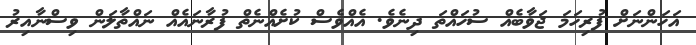
އަހަންނަށް ފުރިހަމަ ޖަވާބެއް ސުހައްތަ ދިނެވެ. އެއްވެސް ކުށެއްނެތް ފުރާނައެއް ނައްތާލަން ވިސްނާއިރު